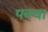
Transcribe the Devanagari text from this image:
पक्या